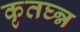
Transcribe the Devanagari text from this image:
कृतघ्न्न